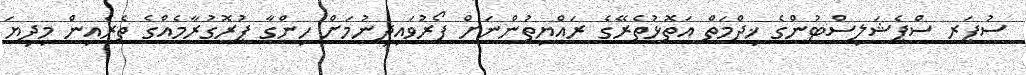
ސުޕަރ ސްޕެޝަލިސްޓުންގެ ޚިދްމަތް އަތޮޅުތެރޭގެ ރައްޔިތުންނަށް ފޯރުވައިދިނުމަށް ހިންގާ ޕުރޮގުރާމެއްގެ ތެރެއިން މިދިޔަ